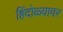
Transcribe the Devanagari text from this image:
हिंदोळ्यावर